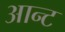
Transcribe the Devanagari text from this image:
आन्ट